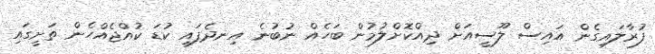
ފުރާލައިގެން އައިސް ލޫސީއަށް ދިއްކޮށްލުމުން ބަހެއް ނުބުނެ އިނދެފައި ކުޑަ ކުއްޖެއްހެން ތަށީގައި